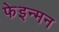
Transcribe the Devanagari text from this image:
फेइन्मन